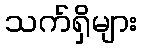
သက်ရှိများ